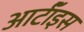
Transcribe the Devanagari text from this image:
आर्टॉइस